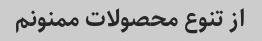
از تنوع محصولات ممنونم